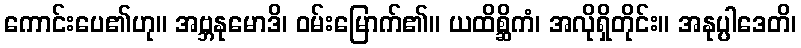
ကောင်းပေ၏ဟု။ အဗ္ဘနုမောဒိ၊ ဝမ်းမြောက်၏။ ယထိစ္ဆိကံ၊ အလိုရှိတိုင်း။ အနုပ္ပါဒေတိ၊